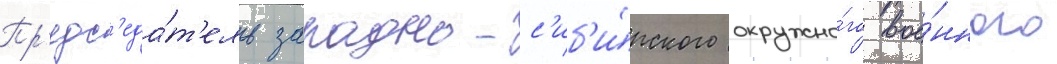
Пр'едс'еда́т'ель западно-с'иб'и́рского окружно́го вое́нного